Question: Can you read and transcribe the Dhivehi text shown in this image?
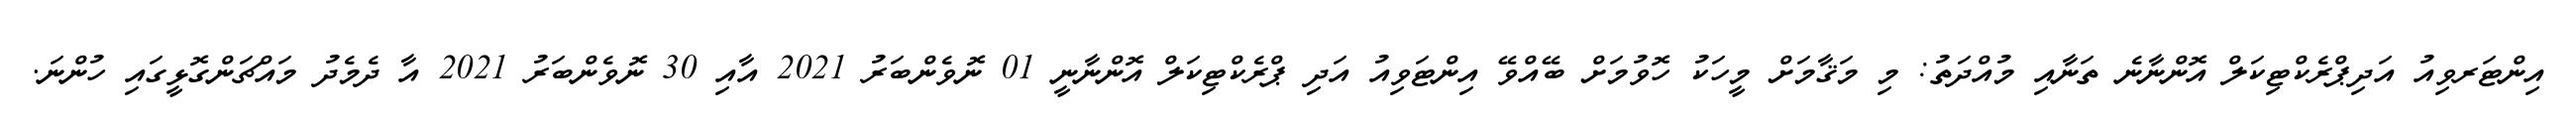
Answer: އިންޓަރވިއު އަދިޕްރެކްޓިކަލް އޮންނާނެ ތަނާއި މުއްދަތު: މި މަޤާމަށް މީހަކު ހޮވުމަށް ބޭއްވޭ އިންޓަވިއު އަދި ޕްރެކްޓިކަލް އޮންނާނީ 01 ނޮވެންބަރު 2021 އާއި 30 ނޮވެންބަރު 2021 އާ ދެމެދު މައްޗަންގޮޅީގައި ހުންނަ.